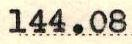
144.08